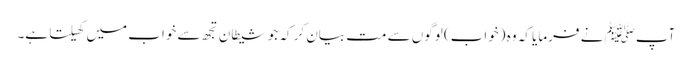
آپﷺ نے فرمایا کہ وہ (خواب) لوگوں سے مت بیان کر کہ جو شیطان تجھ سے خواب میں کھیلتا ہے۔